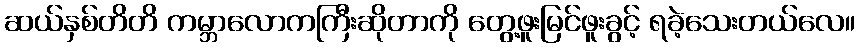
ဆယ်နှစ်တိတိ ကမ္ဘာလောကကြီးဆိုတာကို တွေ့ဖူးမြင်ဖူးခွင့် ရခဲ့သေးတယ်လေ။